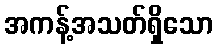
အကန့်အသတ်ရှိသော